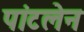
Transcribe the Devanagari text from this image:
पांटलेन